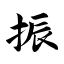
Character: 振